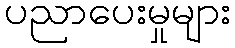
ပညာပေးမှုများ